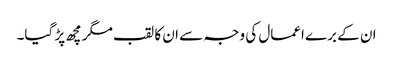
ان کے برے اعمال کی وجہ سے ان کا لقب مگرمچھ پڑ گیا۔